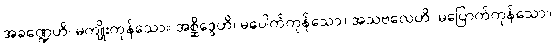
အခဏ္ဍေဟိ၊ မကျိုးကုန်သော။ အစ္ဆိဒ္ဒေဟိ၊ မပေါက်ကုန်သော။ အသဗလေဟိ၊ မပြောက်ကုန်သော။